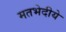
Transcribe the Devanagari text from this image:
मतभेदीये